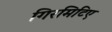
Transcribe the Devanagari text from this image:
गिरमिटिए